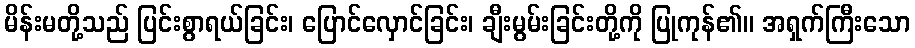
မိန်းမတို့သည် ပြင်းစွာရယ်ခြင်း၊ ပြောင်လှောင်ခြင်း၊ ချီးမွမ်းခြင်းတို့ကို ပြုကုန်၏။ အရှက်ကြီးသော